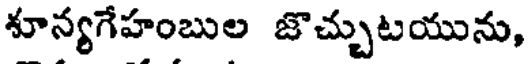
శూన్యగేహంబుల జొచ్చుటయును,